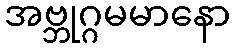
အဗ္ဘုဂ္ဂမမာနော